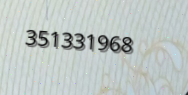
351331968